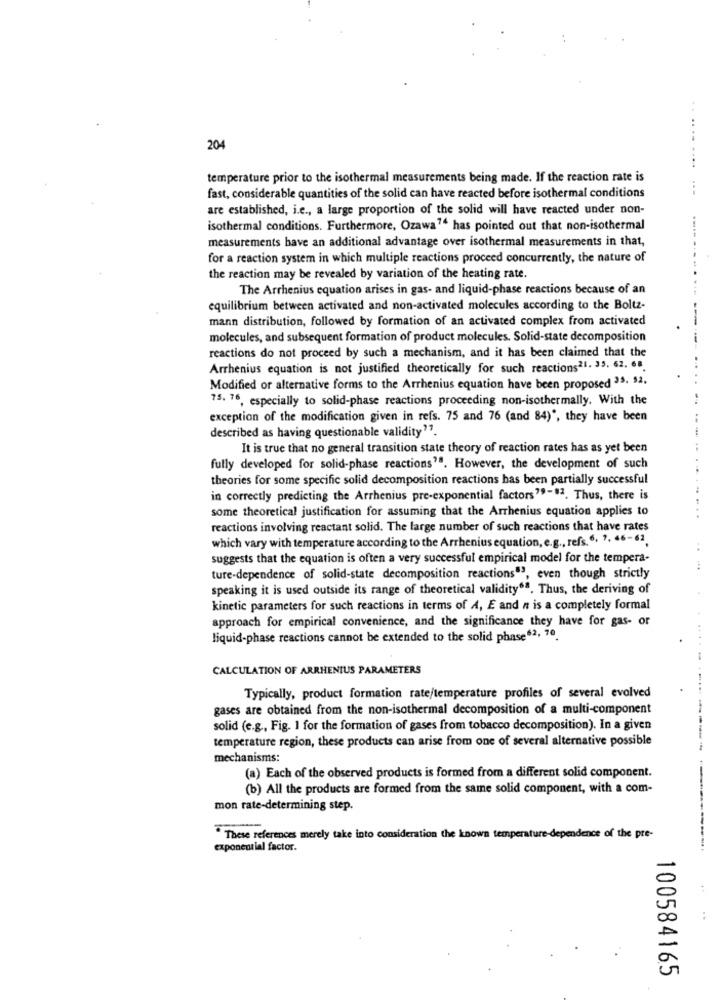
204
.........
temperature prior to the isothermal measurements being made. If the reaction rate is
fast, considerable quantities of the solid can have reacted before isothermal conditions
are established, i.e ., a large proportion of the solid will have reacted under non-
isothermal conditions. Furthermore, Ozawa74 has pointed out that non-isothermal
measurements have an additional advantage over isothermal measurements in that,
---...
for a reaction system in which multiple reactions proceed concurrently, the nature of
the reaction may be revealed by variation of the heating rate.
The Arrhenius equation arises in gas- and liquid-phase reactions because of an
equilibrium between activated and non-activated molecules according to the Boltz-
mann distribution, followed by formation of an activated complex from activated
molecules, and subsequent formation of product molecules. Solid-state decomposition
reactions do not proceed by such a mechanism, and it has been claimed that the
Arrhenius equation is not justified theoretically for such reactions21. 33. 62. 68.
Modified or alternative forms to the Arrhenius equation have been proposed 33. 52.
75. 76, especially to solid-phase reactions proceeding non-isothermally. With the
exception of the modification given in refs. 75 and 76 (and 84) *, they have been
described as having questionable validity".
It is true that no general transition state theory of reaction rates has as yet been
fully developed for solid-phase reactions"". However, the development of such
theories for some specific solid decomposition reactions has been partially successful
in correctly predicting the Arrhenius pre-exponential factors"-8ª. Thus, there is
some theoretical justification for assuming that the Arrhenius equation applies to
reactions involving reactant solid. The large number of such reactions that have rates
which vary with temperature according to the Arrhenius equation, e.g ., refs.6. 7. 46-62,
suggests that the equation is often a very successful empirical model for the tempera-
ture-dependence of solid-state decomposition reactions 3, even though strictly
speaking it is used outside its range of theoretical validity6ª. Thus, the deriving of
kinetic parameters for such reactions in terms of A, E and n is a completely formal
approach for empirical convenience, and the significance they have for gas- or
liquid-phase reactions cannot be extended to the solid phase62, 70.
CALCULATION OF ARRHENIUS PARAMETERS
Typically, product formation rate/temperature profiles of several evolved
gases are obtained from the non-isothermal decomposition of a multi-component
solid (e.g ., Fig. 1 for the formation of gases from tobacco decomposition). In a given
temperature region, these products can arise from one of several alternative possible
mechanisms:
(a) Each of the observed products is formed from a different solid component.
(b) All the products are formed from the same solid component, with a com-
mon rate-determining step.
" These references merely take into consideration the known temperature dependence of the pre-
exponential factor.
100584165